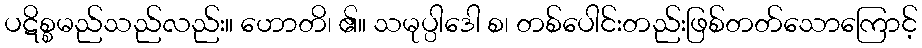
ပဋိစ္စမည်သည်လည်း။ ဟောတိ၊ ၏။ သမုပ္ပါဒေါ စ၊ တစ်ပေါင်းတည်းဖြစ်တတ်သောကြောင့်